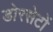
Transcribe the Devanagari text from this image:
डोरसेटों